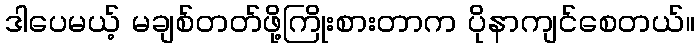
ဒါပေမယ့် မချစ်တတ်ဖို့ကြိုးစားတာက ပိုနာကျင်စေတယ်။